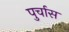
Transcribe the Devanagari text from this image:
पुर्चास